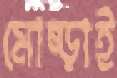
মোষ্‌ড়াই